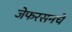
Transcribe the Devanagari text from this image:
जेफरसनचे